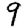
Digit: 9